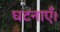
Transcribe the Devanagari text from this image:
घटनाएँ।